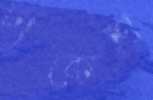
ঢাকেশ